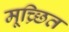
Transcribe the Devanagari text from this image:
मूच्र्छित